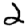
Digit: 2